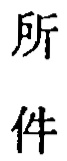
所

件